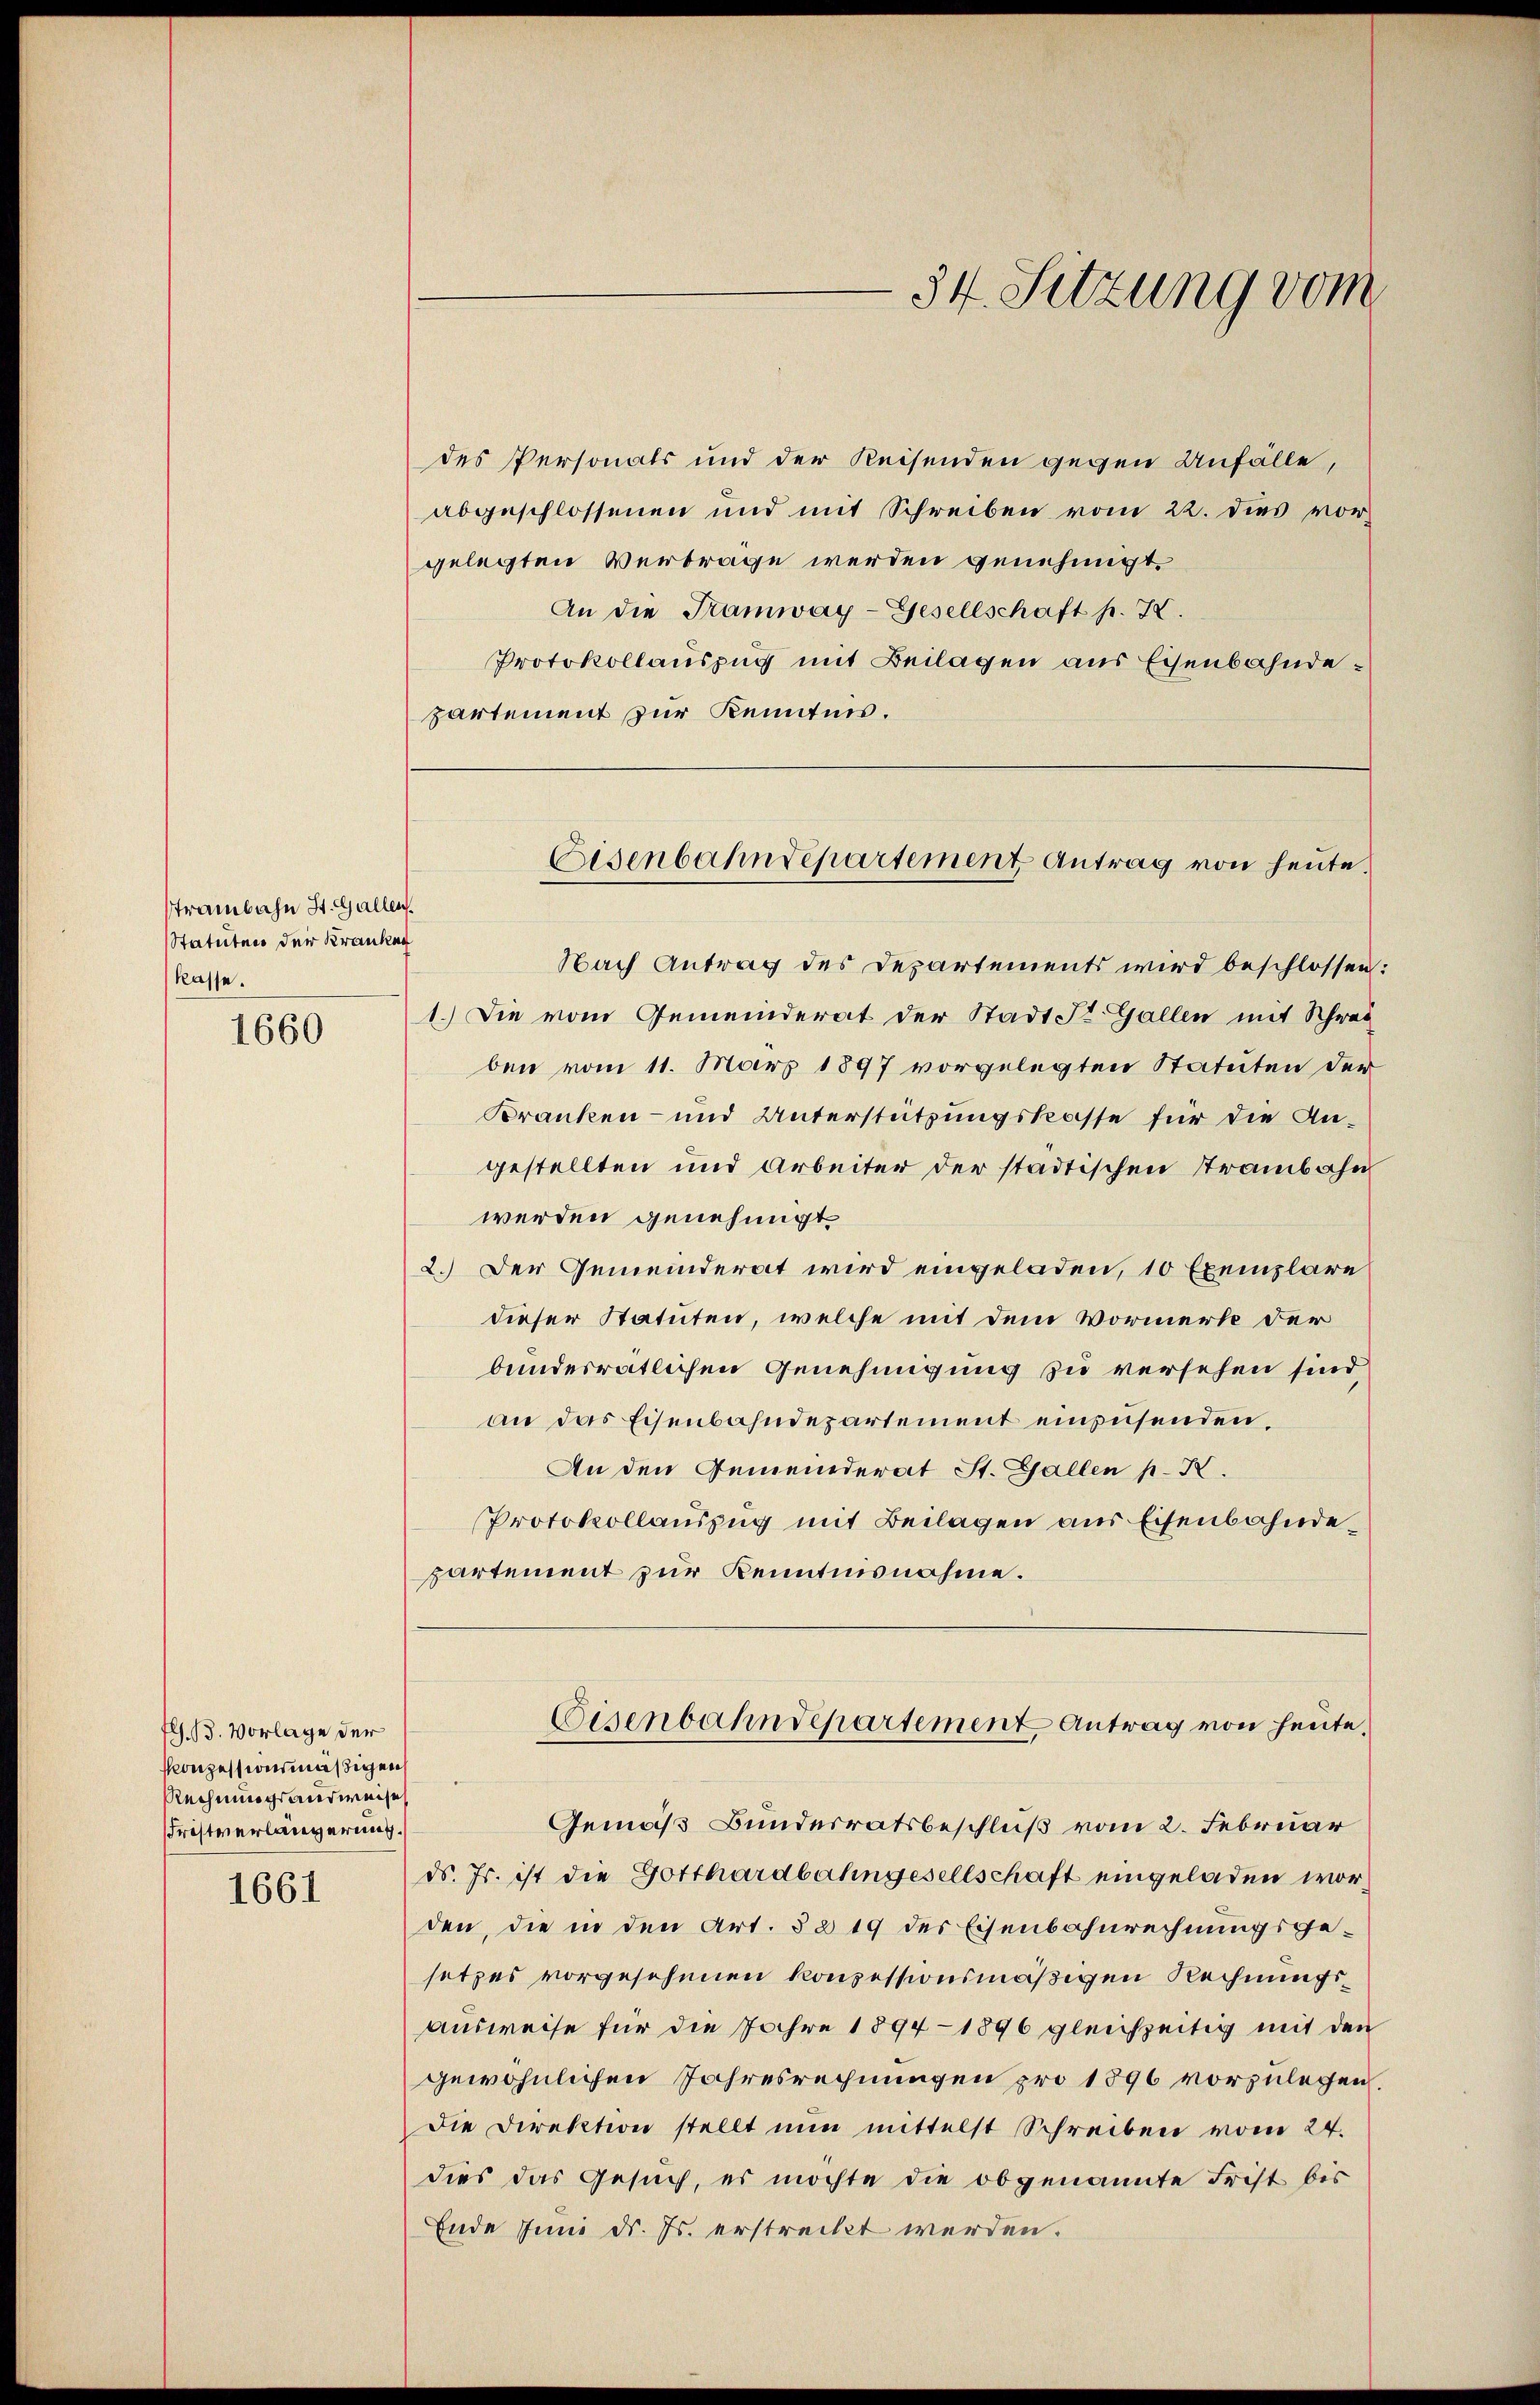
1660

1661

strambahn St. Gallen.
Statuten der Kranken
kasse.

fl. 13. Vorlage der
Konzessionsmäßigen
Rechnungsausweise
Fristverlängerung.

des Personals und der Reisenden gegen Anfälle,
abgeschlossenen und mit Schreiben vom 22. dies vorgelegten Vertrage werden genehmigt.
An die Tramway-Gesellschaft p. I.
Protokollauszug mit Beilagen aus Eisenbahndepartement zur Kenntnis.

34. Sitzung vom

Eisenbahndepartement Antrag von heute.

Nach Antrag des Departements wird beschlossen:
1.) Die vom Gemeinderat der Stadt St. Gallen mit Schrei
ben vom 11. März 1897 vorgelegten Statuten der
Kranken- und Unterstützungskasse für die Angestellten und Arbeiter der städtischen Trambahn
werden genehmigt.
2.) Der Gemeinderat wird eingeladen, 10 Exemplare
dieser Statuten, welche mit dem Vormerke der
bundesratlichen Genehmigung zu versehen sind
an das Eisenbahndepartement einzusenden.
An den Gemeinderat St. Gallen p. X.
Protokollauszug mit Beilagen aus Eisenbahndepartement zur Kenntnisnahme.

Cisenbahndepartement Antrag von heute,

Gemäß Bundesratsbeschluß vom 2. Februar
ds. Js. ist die Gotthardbahngesellschaft eingeladen worden, die in den Art. § 219 des Eisenbahnrechnungsge-
setzes vorgesehenen konsessionsmäßigen Rechnungs¬
Ausweise für die Jahre 1894 - 1896 gleichzeitig mit den
gewöhnlichen Jahresrechnungen pro 1896 vorzulegen,
Die Direktion stellt nun mittelst Schreiben vom 24.
dies das Gesuch, es möchte die obgenannte Frist bis
Ende zum d. Js. erstreckt werden.